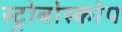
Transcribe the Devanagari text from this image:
स्ट्रोबोस्कोप